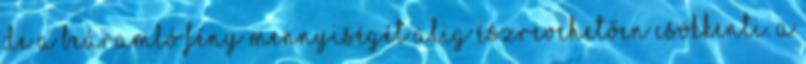
de a beáramló fény mennyiségét alig észrevehetően csökkenti. A